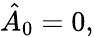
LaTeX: \hat{A}_{0}=0,